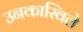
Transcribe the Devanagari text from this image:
उनकास्विले